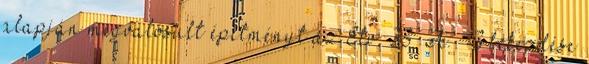
alapján megvalósult építményt az Étv. 33 A. § 3 bekezdése